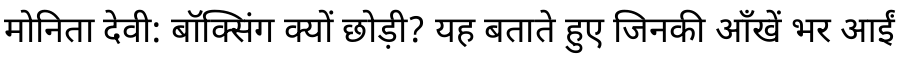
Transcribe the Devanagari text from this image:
मोनिता देवी: बॉक्सिंग क्यों छोड़ी? यह बताते हुए जिनकी आँखें भर आईं